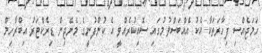
ހަމަޖެއްސި ފިހާރަތަކާ އެކު އެއްބަސްވުމުގައި ސޮއިކުރެއްވީ އެ ކުންފުނީގެ މެނޭޖިން ޑިރެކްޓަރު އިބްރާހިމް